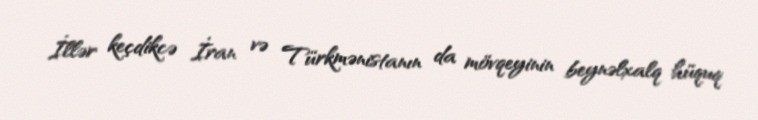
İllər keçdikcə İran və Türkmənistanın da mövqeyinin beynəlxalq hüquq